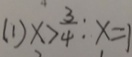
( 1 ) x > \frac { 3 } { 4 } : x = 1